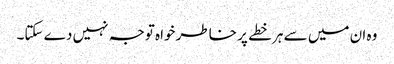
وہ ان میں سے ہر خطے پر خاطر خواہ توجہ نہیں دے سکتا۔